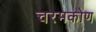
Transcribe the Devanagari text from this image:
चरमकोण